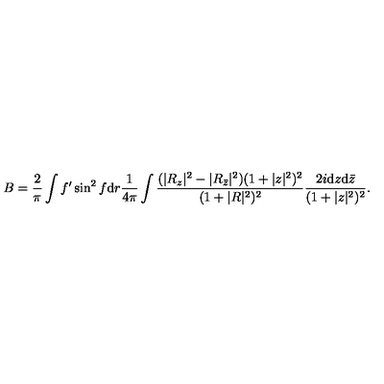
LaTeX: B = \frac { 2 } { \pi } \int f ^ { \prime } \sin ^ { 2 } f \mathrm { d } r \frac { 1 } { 4 \pi } \int \frac { ( | R _ { z } | ^ { 2 } - | R _ { { \bar { z } } } | ^ { 2 } ) ( 1 + | z | ^ { 2 } ) ^ { 2 } } { ( 1 + | R | ^ { 2 } ) ^ { 2 } } \frac { 2 i \mathrm { d } z \mathrm { d } { \bar { z } } } { ( 1 + | z | ^ { 2 } ) ^ { 2 } } .